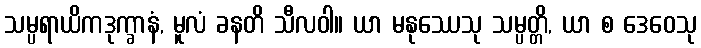
သမ္ပရာယိကဒုက္ခာနံ, မူလံ ခနတိ သီလဝါ။ ယာ မနုဿေသု သမ္ပတ္တိ, ယာ စ ဒေဝေသု